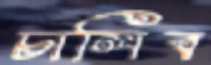
চালিব